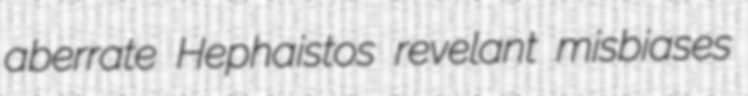
aberrate Hephaistos revelant misbiases